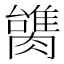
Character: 𰯠